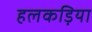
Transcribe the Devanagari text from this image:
हलकड़िया